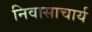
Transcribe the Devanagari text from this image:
निवासाचार्य